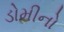
ડોમીનો